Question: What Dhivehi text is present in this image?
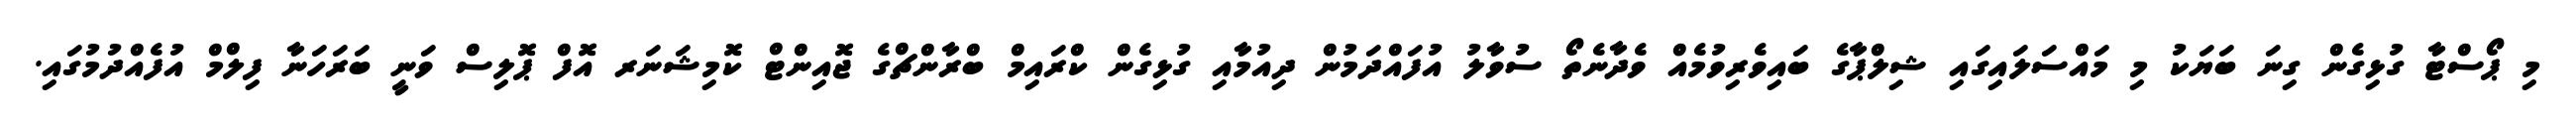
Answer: މި ޕޯސްޓާ ގުޅިގެން ގިނަ ބަޔަކު މި މައްސަލައިގައި ޝިލްޕާގެ ބައިވެރިވުމެއް ވެދާނެތޯ ސުވާލު އުފައްދަމުން ދިއުމާއި ގުޅިގެން ކްރައިމް ބްރާންޗްގެ ޖޮއިންޓް ކޮމިޝަނަރ އޮފް ޕޮލިސް ވަނީ ބަރަހަނާ ފިލްމް އުފެއްދުމުގައި.